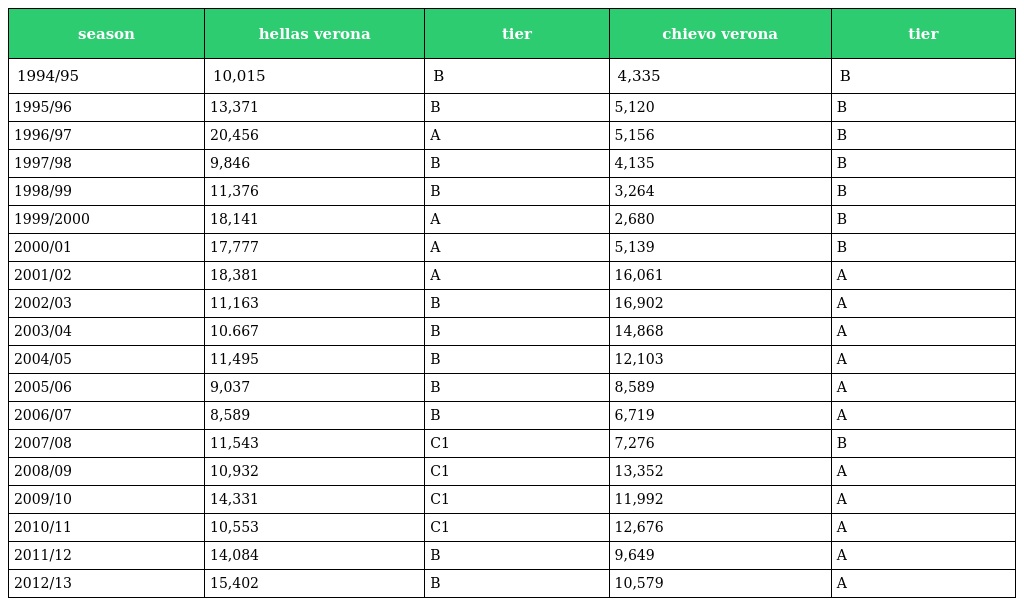
| season | hellas verona | tier | chievo verona | tier |
 | --- | --- | --- | --- | --- |
 | 1994/95 | 10,015 | B | 4,335 | B |
 | 1995/96 | 13,371 | B | 5,120 | B |
 | 1996/97 | 20,456 | A | 5,156 | B |
 | 1997/98 | 9,846 | B | 4,135 | B |
 | 1998/99 | 11,376 | B | 3,264 | B |
 | 1999/2000 | 18,141 | A | 2,680 | B |
 | 2000/01 | 17,777 | A | 5,139 | B |
 | 2001/02 | 18,381 | A | 16,061 | A |
 | 2002/03 | 11,163 | B | 16,902 | A |
 | 2003/04 | 10.667 | B | 14,868 | A |
 | 2004/05 | 11,495 | B | 12,103 | A |
 | 2005/06 | 9,037 | B | 8,589 | A |
 | 2006/07 | 8,589 | B | 6,719 | A |
 | 2007/08 | 11,543 | C1 | 7,276 | B |
 | 2008/09 | 10,932 | C1 | 13,352 | A |
 | 2009/10 | 14,331 | C1 | 11,992 | A |
 | 2010/11 | 10,553 | C1 | 12,676 | A |
 | 2011/12 | 14,084 | B | 9,649 | A |
 | 2012/13 | 15,402 | B | 10,579 | A |